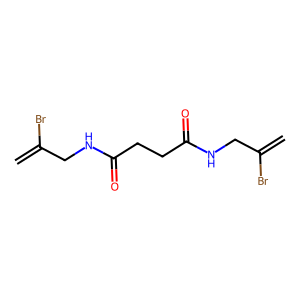
SMILES: C=C(Br)CNC(=O)CCC(=O)NCC(=C)Br
Inhibits HIV replication: No